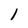
Character: 1